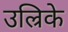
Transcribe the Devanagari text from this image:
उल्रिके